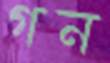
গন